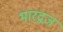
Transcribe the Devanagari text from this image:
भारद्वज